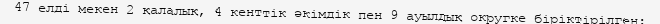
47 елді мекен 2 қалалық, 4 кенттік әкімдік пен 9 ауылдық округке біріктірілген: